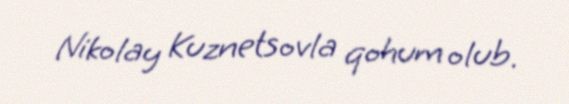
Nikolay Kuznetsovla qohum olub.